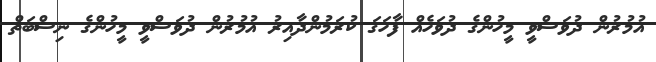
އުމުރުން ދުވަސްވީ މީހުންގެ ދުވަހެއް ފާހަގަ ކުރަމުންދާއިރު އުމުރުން ދުވަސްވީ މީހުންގެ ނިސްބަތް